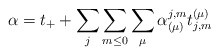
\begin{align*}\alpha = t_+ + \sum_j \sum_{m\leq 0}\sum_{\mu} \alpha_{(\mu )}^{j,m}t^{(\mu )}_{j,m}\end{align*}